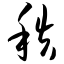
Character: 秩